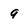
Character: 9